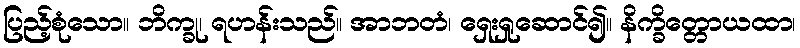
ပြည့်စုံသော။ ဘိက္ခု၊ ရဟန်းသည်။ အာဘတံ၊ ရှေးရှုဆောင်၍။ နိက္ခိတ္တောယထာ၊